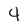
Character: 4